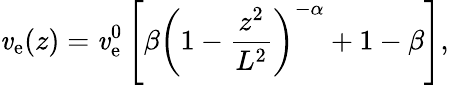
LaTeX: \mathit{v}_{\mathrm{{e}}}(z)=\mathit{v}_{\mathrm{{e}}}^{0}\left[\beta\left(1-\frac{{z^{2}}}{{L^{2}}}\right)^{-\alpha}+1-\beta\right],